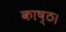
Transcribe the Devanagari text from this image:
काष्ठ।